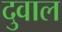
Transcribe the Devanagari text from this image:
दुवाल